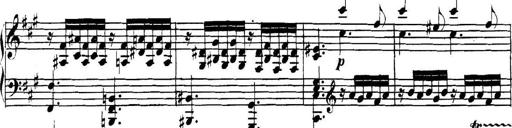
Title: Collected Piano Sonatas
Composer: Muzio Clementi